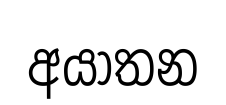
අයාතන